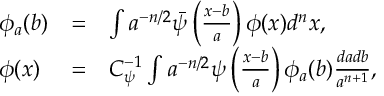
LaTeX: \begin{array} { l c l } { { \phi _ { a } ( b ) } } & { { = } } & { { \int a ^ { - n / 2 } \bar { \psi } \left( \frac { x - b } { a } \right) \phi ( x ) d ^ { n } x , } } \\ { { \phi ( x ) } } & { { = } } & { { C _ { \psi } ^ { - 1 } \int a ^ { - n / 2 } \psi \left( \frac { x - b } { a } \right) \phi _ { a } ( b ) \frac { d a d b } { a ^ { n + 1 } } , } } \end{array}